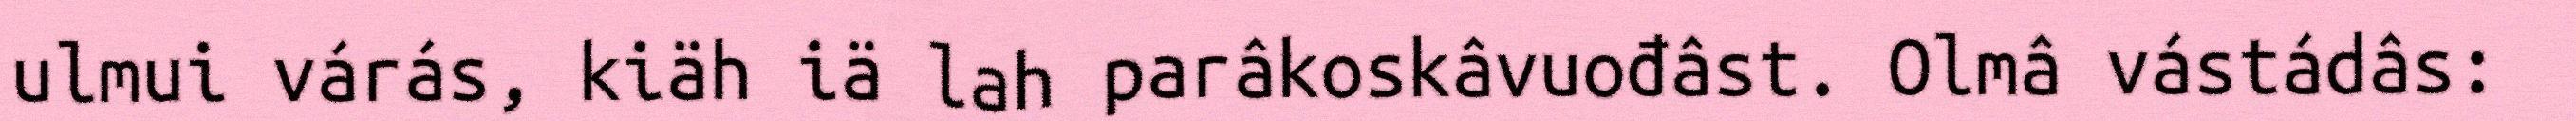
ulmui várás, kiäh iä lah parâkoskâvuođâst. Olmâ vástádâs: